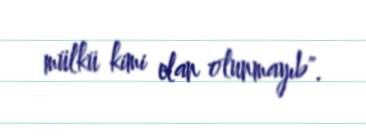
mülkü kimi elan olunmayıb".